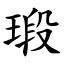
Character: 瑖